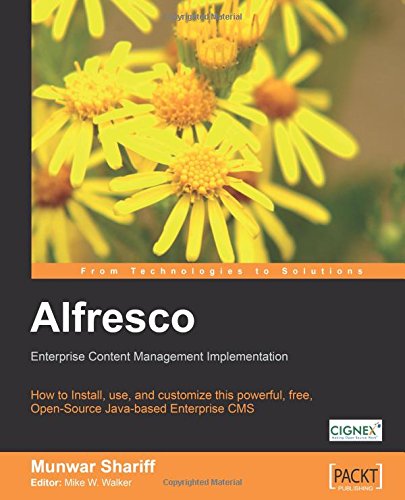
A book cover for Alfresco Enterprise Content Management Implementation: How to Install, use, and customize this powerful, free, Open Source Java-based Enterprise CMS; Munwar Shariff; Computers & Technology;